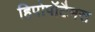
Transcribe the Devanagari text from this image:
हिपोपॉटैमस